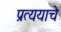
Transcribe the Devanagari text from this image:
प्रत्ययाचे